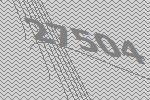
27504